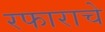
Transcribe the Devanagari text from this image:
रफाराचे